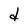
Character: d